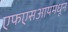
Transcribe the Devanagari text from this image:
एफएसआयमधून